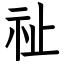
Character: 祉